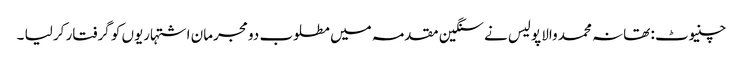
چنیوٹ : تھانہ محمد والا پولیس نے سنگین مقدمہ میں مطلوب دو مجرمان اشتہاریوں کو گرفتار کر لیا ۔